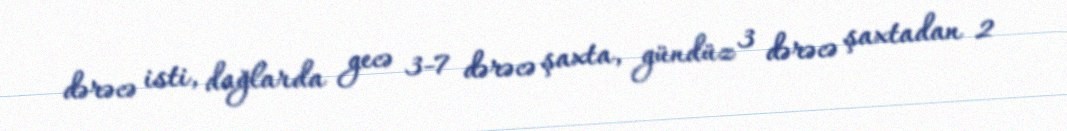
dərəcə isti, dağlarda gecə 3-7 dərəcə şaxta, gündüz 3 dərəcə şaxtadan 2